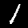
Digit: 1